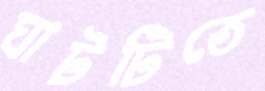
ঘাটটিতে